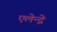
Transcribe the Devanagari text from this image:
एलेन्द्रे